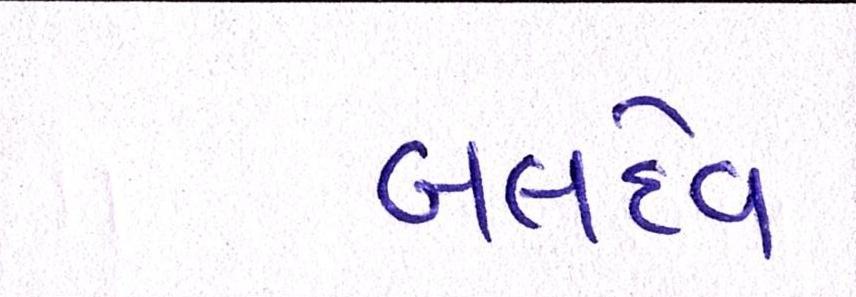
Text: બલદેવ